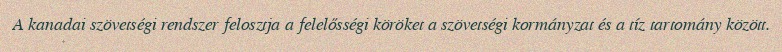
A kanadai szövetségi rendszer felosztja a felelősségi köröket a szövetségi kormányzat és a tíz tartomány között.